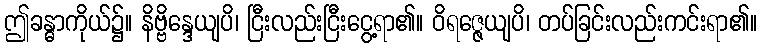
ဤခန္ဓာကိုယ်၌။ နိဗ္ဗိန္ဒေယျပိ၊ ငြီးလည်းငြီးငွေ့ရာ၏။ ဝိရဇ္ဇေယျပိ၊ တပ်ခြင်းလည်းကင်းရာ၏။